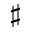
\sharp